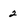
Character: 2